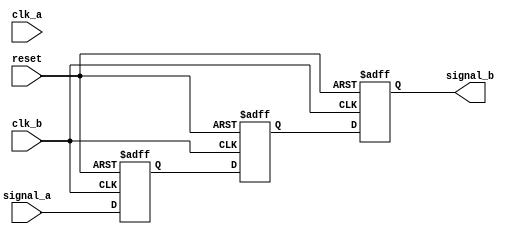
module signal_level_crossing_synchronizer #(
    parameter WIDTH = 1 // Width of the input signal
)(
    input wire clk_a,              // Clock for Domain A
    input wire clk_b,              // Clock for Domain B
    input wire [WIDTH-1:0] signal_a, // Asynchronous input signal from Domain A
    input wire reset,              // Optional reset signal
    output reg [WIDTH-1:0] signal_b // Synchronized output signal in Domain B
);

    // Internal registers for the flip-flops
    reg [WIDTH-1:0] sync_ff1;
    reg [WIDTH-1:0] sync_ff2;

    // Synchronization logic
    always @(posedge clk_b or posedge reset) begin
        if (reset) begin
            sync_ff1 <= {WIDTH{1'b0}}; // Initialize the first flip-flop on reset
            sync_ff2 <= {WIDTH{1'b0}}; // Initialize the second flip-flop on reset
            signal_b <= {WIDTH{1'b0}};  // Initialize output signal on reset
        end else begin
            sync_ff1 <= signal_a;       // Sample the input signal in Domain B
            sync_ff2 <= sync_ff1;       // Pass the sampled signal to the second flip-flop
            signal_b <= sync_ff2;       // Output the synchronized signal
        end
    end

endmodule